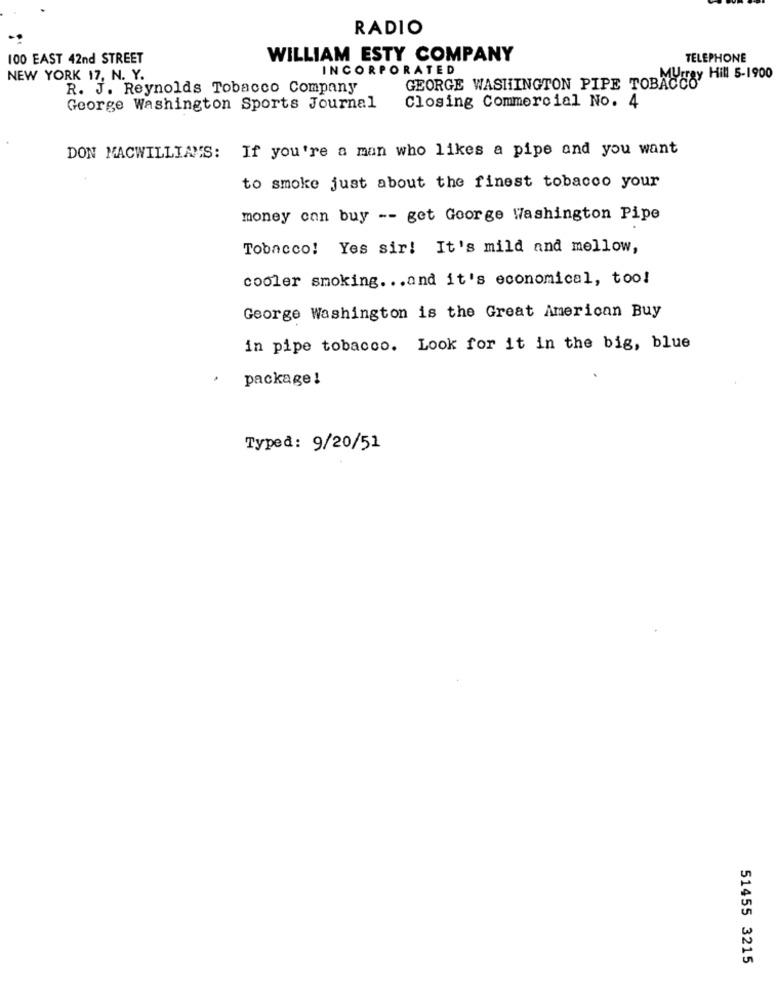
RADIO
100 EAST 42nd STREET
WILLIAM ESTY COMPANY
TELEPHONE
INCORPORATED
NEW YORK 17, N. Y.
GEORGE WASHINGTON PIPE TOBACCOy Hi 5-1900
R. J. Reynolds Tobacco Company
George Washington Sports Journal
Closing Commercial No. 4
DON MACWILLIAMS: If you're a man who likes a pipe and you want
to smoke just about the finest tobacco your
money can buy -- get George Washington Pipe
Tobacco! Yes sir! It's mild and mellow,
cooler smoking ... and it's economical, too!
George Washington is the Great American Buy
in pipe tobacco. Look for it in the big, blue
.
package!
Typed: 9/20/51
51455 3215